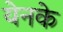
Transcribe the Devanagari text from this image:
येनके